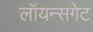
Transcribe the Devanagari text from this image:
लॉयन्सगेट